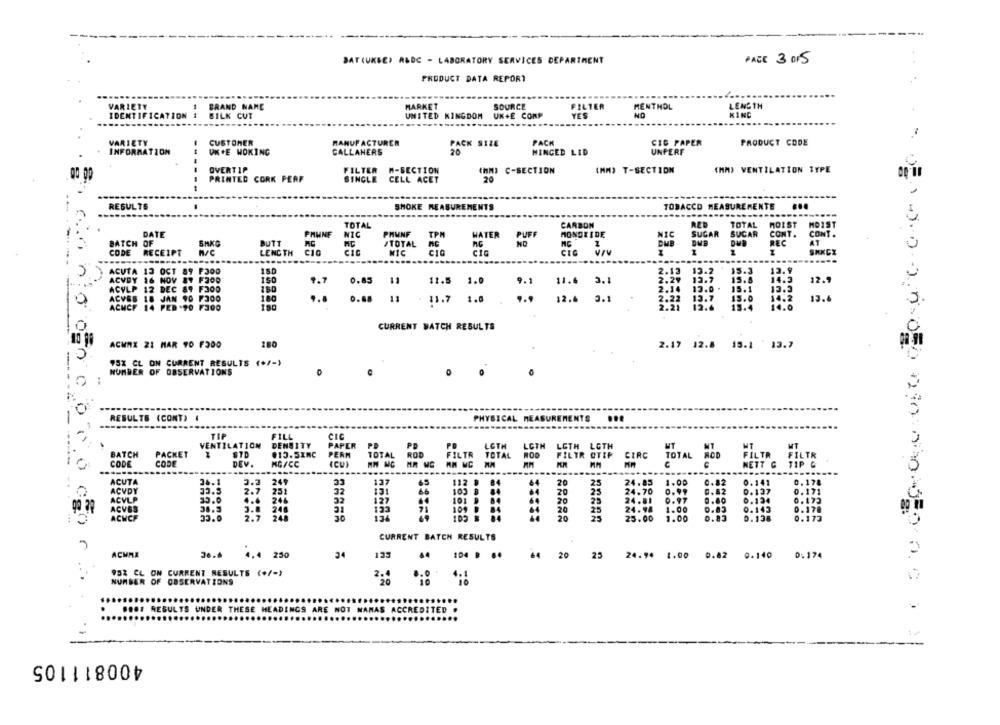
DAT(UKBE) R&DC - LABORATORY SERVICES DEPARTMENT
PAGE 3 015
PRODUCT DATA REPORT
VARIETY
1 BRAND NAME
MARKET
SOURCE
FILTER
MENTHOL
LENGTH
IDENTIFICATION :
BILK CUT
UNITED KINGDOM
UK+E COMP
YES
KING
VARIETY
CUSTOMER
MANUFACTURER
PACK SIZE
PACK
CIC PAPER
PRODUCT CODE
INFORMATION
UK+E WOKING
CALLAHERS
20
HINGED LID
UNPERF
OVERTIP
FILTER M-SECTION
(HM) C-SECTION
(MM) T-SECTION
(MM) VENTILATION TYPE
PRINTED CORK PERF
SINGLE CELL ACET
20
RESULTS
SHOKE MEASUREMENTS
TOBACCO MEASUREMENTE
TOTAL
CARBON
RED
TOTAL
MOIST
DATE
PHUNE
NIC
PHWNF
TPM
WATER
PUFF
MONOXIDE
SUGAR
SUCAR
BATCH OF
BUTT
/TOTAL
NC
1
DUB
CONT .
CONT .
CODE
RECEIPT
LENGTH
CIO
CIC
MIC
CIG
CIG
150
13.9
ACUTA 13 OCT 89
F300
2.13
13.2
15.3
ACVDY 16 NOV
9.7
0.85
11
11.5
1.0
9.1
11.6
3.1
2.29
13.7
15.8
ACYLP 12 DEC 89 F300
150
12.9
ACVES 18 JAN 90 F300
11
1.0
. . .
12.4 0.1
2.22
12.0 .
0.88
11.7
13.
ACMCF
14 PED .90 F300
CURRENT BATCH RESULTS
ACHMX 21 MAR 90 F300
180
2.17 12.8 15.1 ' 13.7
95% CL ON CURRENT RESULTS (+/-)
NUMBER OF OBSERVATIONS
RESULTS (CONT)
PHYSICAL MEASUREMENTS
TI
FILL
VENTILATION
DENSITY
PAPER
PD
LGTH
LOTH
LOTH LOTH
BATCH
PACKET
STD
#15.5INC
PERN
TOTAL
ROD
FILTR TOTAL
FILTR OTIP
CIRC
TOTAL
CODE
CODE
DEV.
MG/CC
AM MC
NETT C
FILTR FILTR
----
------
ACUTA
36.1
3.3
249
33
137
65
112 1
84
20
25
24.85
1.00
0.82
0.141
0.178
ACVDY
33.5
2.7
251
32
66
103
25
24.70
0.99
0.82
0.137
ACVLP
35.0
4.6
246
32
101 9 84
64
20
25
127
24.00 0:07
8.196
ACVES
3.8
246
31
102 B 04
109
20
25
1.00
0.178
ACHCF
33.0
2.7
245
30
20
25
25.00
1.00
0.83
0.173
CURRENT BATCH RESULTS
ACMME
36.6
4.4 250
34
133
64
20
25
24.94 1.00 0.82 0.140 0.174
952 CL ON CURRENT RESULTS (+/-)
NUMBER OF OBSERVATIONS
....
DINGS ARE NOT NAMAS ACCREDITED .
RESULTS UNDER THESE
400811105